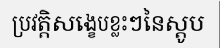
ប្រវត្តិសង្ខេបខ្លះៗនៃស្តូប